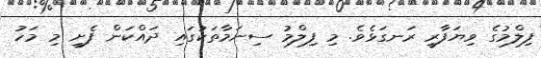
ފިލްމުގެ ވިޔަފާރީ ރަނގަޅެވެ. މި ފިލްމު ސިނަމާތަކުގައި ދައްކަން ފެށީ މި މަހު